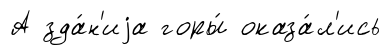
А зда́н'иjа горы́ оказа́л'ись